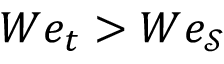
W e _ { t } > W e _ { \mathcal { S } }